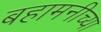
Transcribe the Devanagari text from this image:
बहामनीच्या